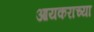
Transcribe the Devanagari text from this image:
आयकराच्या